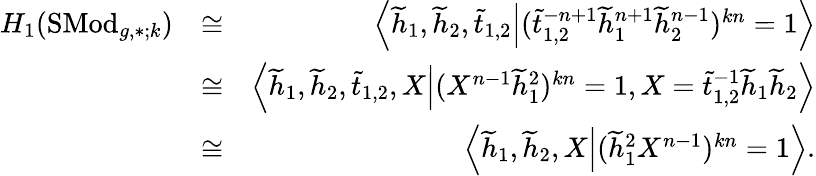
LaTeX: \begin{array}{rlr}{H_{1}(\mathrm{SMod}_{g,\ast;k})}&{\cong}&{\left<\widetilde{h}_{1},\widetilde{h}_{2},\widetilde{t}_{1,2}\middle|(\widetilde{t}_{1,2}^{-n+1}\widetilde{h}_{1}^{n+1}\widetilde{h}_{2}^{n-1})^{kn}=1\right>}\\ &{\cong}&{\left<\widetilde{h}_{1},\widetilde{h}_{2},\widetilde{t}_{1,2},X\middle|(X^{n-1}\widetilde{h}_{1}^{2})^{kn}=1,X=\widetilde{t}_{1,2}^{-1}\widetilde{h}_{1}\widetilde{h}_{2}\right>}\\ &{\cong}&{\left<\widetilde{h}_{1},\widetilde{h}_{2},X\middle|(\widetilde{h}_{1}^{2}X^{n-1})^{kn}=1\right>.}\end{array}